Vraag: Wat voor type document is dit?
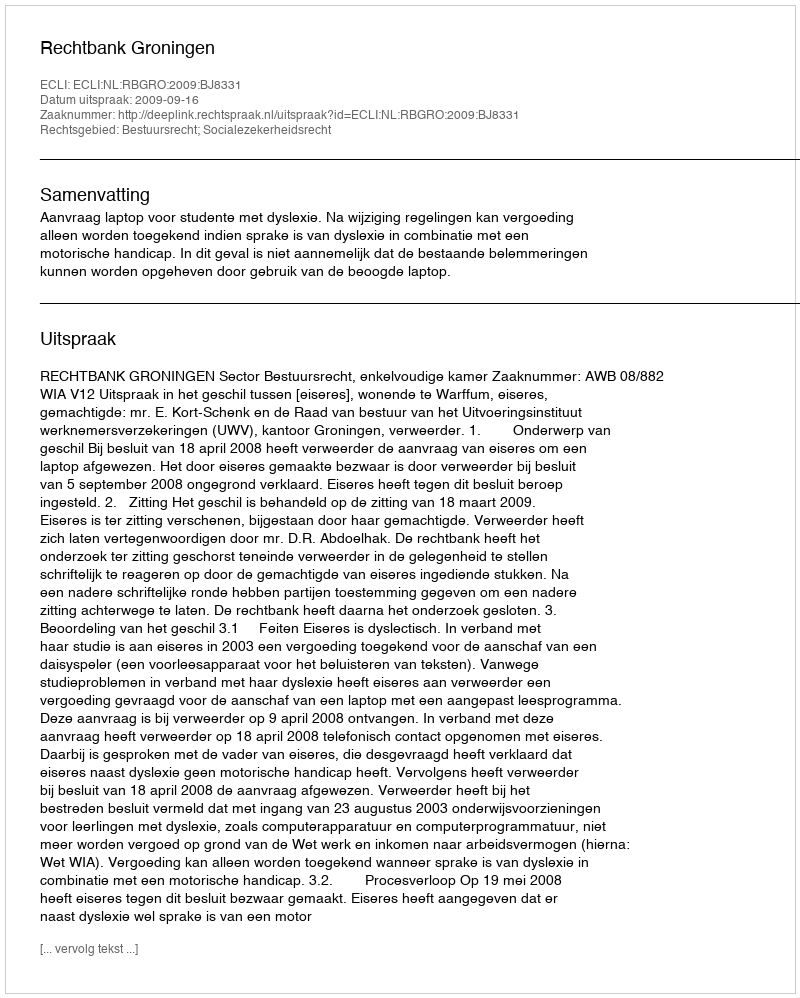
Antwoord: Uitspraak